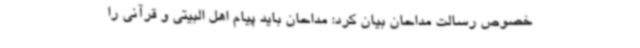
خصوص رسالت مداحان بیان کرد: مداحان باید پیام اهل البیتی و قرآنی را